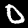
Digit: 0